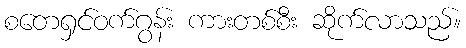
စတေရှင်ဝက်ဂွန်း ကားတစ်စီး ဆိုက်လာသည်။